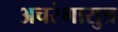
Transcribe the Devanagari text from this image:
अचरंगासुत्र